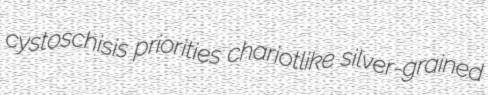
cystoschisis priorities chariotlike silver-grained